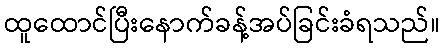
ထူထောင်ပြီးနောက်ခန့်အပ်ခြင်းခံရသည်။